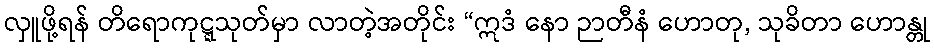
လှူဖို့ရန် တိရောကုဋ္ဋသုတ်မှာ လာတဲ့အတိုင်း “ဣဒံ နော ဉာတီနံ ဟောတု, သုခိတာ ဟောန္တု